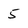
Character: 5